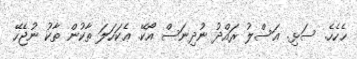
ޙެހެހެެ. ސަޅި. ޢަސްލު ރައްދު ނުދިނަސް އޯކޭ. ޢެކަހަލަ ތާކުން ތާކު ނުޖެހޭ